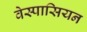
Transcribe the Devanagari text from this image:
वेस्पासियन